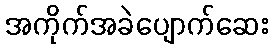
အကိုက်အခဲပျောက်ဆေး